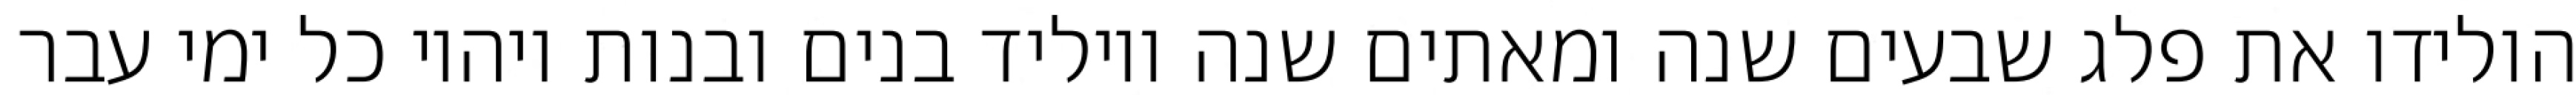
הולידו את פלג שבעים שנה ומאתים שנה ויוליד בנים ובנות ויהיו כל ימי עבר